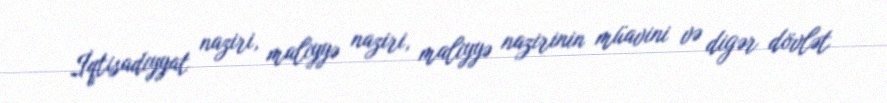
İqtisadiyyat naziri, maliyyə naziri, maliyyə nazirinin müavini və digər dövlət